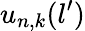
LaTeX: u_{n,k}(l^{\prime})